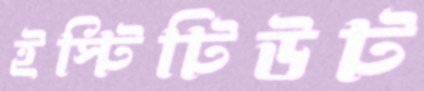
ইস্টিটিউট